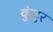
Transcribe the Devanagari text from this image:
कुंदुर